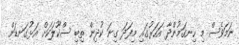
ނަމަވެސް މި ހިނގަމުންދާ އަހަރުގައި މިފަދަ ގިނަ ކުދިން ތިބި ސްކޫލަކަށް އަޅުގަނޑަށް